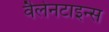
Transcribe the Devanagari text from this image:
वैलेनटाइन्स